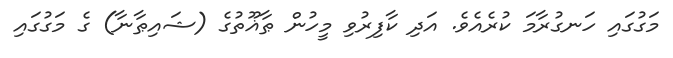
މަގުގައި ހަނގުރާމަ ކުރެއެވެ. އަދި ކާފިރުވި މީހުން ޠާޣޫތުގެ (ޝައިޠާނާ) ގެ މަގުގައި